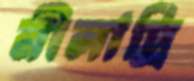
নীলাদ্রি